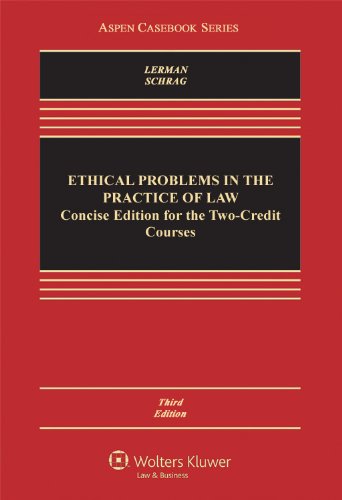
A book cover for Ethical Problems in the Practice of Law: Concise Edition for Two Credit Course, 3rd Edition; Lisa G. Lerman; Law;